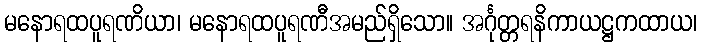
မနောရထပူရဏိယာ၊ မနောရထပူရဏီအမည်ရှိသော။ အင်္ဂုတ္တရနိကာယဋ္ဌကထာယ၊